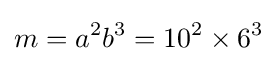
m=a^{2}b^{3}=10^{2}\times 6^{3}